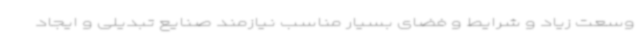
وسعت زیاد و شرایط و فضای بسیار مناسب نیازمند صنایع تبدیلی و ایجاد